Source: Handwritten
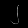
Digit: ၂ (2)